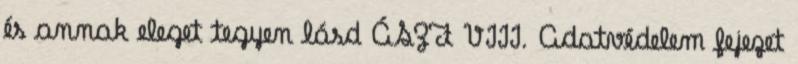
és annak eleget tegyen lásd ÁSZF VIII. Adatvédelem fejezet